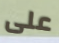
على